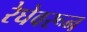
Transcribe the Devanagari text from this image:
रेघेवरून